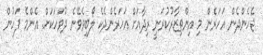
ޖެހެންދެން އަހަރެން މި އިންތިޒާރުކުރަނީ ރިދާއަށް އަހަރެންދެކެ ލޯބިވެވޭނެ ދުވަހަކަށް. އެންމެ ފަހުން